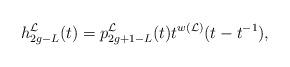
LaTeX: \begin{align*}h_{2g-L}^{\mathcal{L}}(t)=p_{2g+1-L}^{\mathcal{L}}(t)t^{w(\mathcal{L})}(t-t^{-1}),\end{align*}